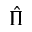
\hat { \Pi }